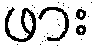
ဖား